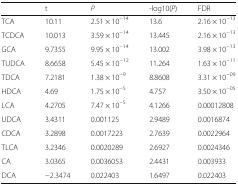
<table><thead><tr><td></td><td><b>t</b></td><td><b><i>P</i></b></td><td><b>-log10(<i>P</i>)</b></td><td><b>FDR</b></td></tr></thead><tbody><tr><td>TCA</td><td>10.11</td><td>2.51 × 10<sup>−14</sup></td><td>13.6</td><td>2.16 × 10<sup>−13</sup></td></tr><tr><td>TCDCA</td><td>10.013</td><td>3.59 × 10<sup>−14</sup></td><td>13.445</td><td>2.16 × 10<sup>−13</sup></td></tr><tr><td>GCA</td><td>9.7355</td><td>9.95 × 10<sup>−14</sup></td><td>13.002</td><td>3.98 × 10<sup>−13</sup></td></tr><tr><td>TUDCA</td><td>8.6658</td><td>5.45 × 10<sup>−12</sup></td><td>11.264</td><td>1.63 × 10<sup>−11</sup></td></tr><tr><td>TDCA</td><td>7.2181</td><td>1.38 × 10<sup>−9</sup></td><td>8.8608</td><td>3.31 × 10<sup>−09</sup></td></tr><tr><td>HDCA</td><td>4.69</td><td>1.75 × 10<sup>−5</sup></td><td>4.757</td><td>3.50 × 10<sup>−05</sup></td></tr><tr><td>LCA</td><td>4.2705</td><td>7.47 × 10<sup>−5</sup></td><td>4.1266</td><td>0.00012808</td></tr><tr><td>UDCA</td><td>3.4311</td><td>0.001125</td><td>2.9489</td><td>0.0016874</td></tr><tr><td>CDCA</td><td>3.2898</td><td>0.0017223</td><td>2.7639</td><td>0.0022964</td></tr><tr><td>TLCA</td><td>3.2346</td><td>0.0020289</td><td>2.6927</td><td>0.0024346</td></tr><tr><td>CA</td><td>3.0365</td><td>0.0036053</td><td>2.4431</td><td>0.003933</td></tr><tr><td>DCA</td><td>−2.3474</td><td>0.022403</td><td>1.6497</td><td>0.022403</td></tr></tbody></table>